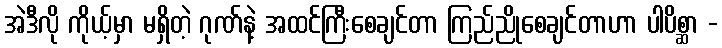
အဲဒီလို ကိုယ့်မှာ မရှိတဲ့ ဂုဏ်နဲ့ အထင်ကြီးစေချင်တာ ကြည်ညိုစေချင်တာဟာ ပါပိစ္ဆာ -